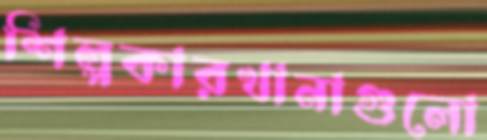
শিল্পকারখানাগুলো